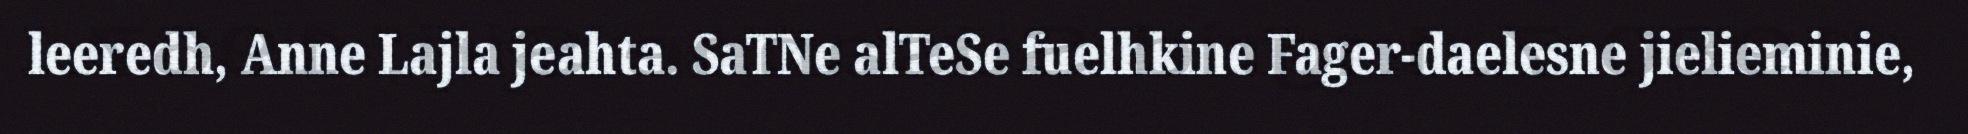
leeredh, Anne Lajla jeahta. SaTNe alTeSe fuelhkine Fager-daelesne jielieminie,